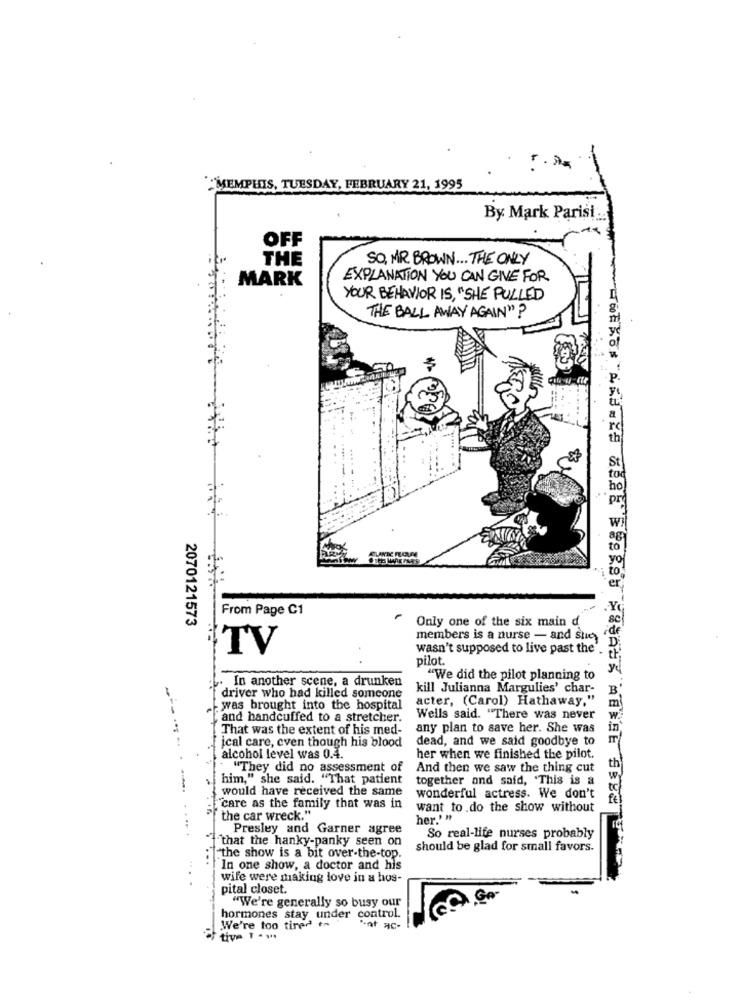
MEMPHIS, TUESDAY, FEBRUARY 21, 1995
By. Mark Parisi ..
OFF
THE
SO, MR. BROWN ... THE ONLY
MARK
EXPLANATION YOU CAN GIVE FOR
YOUR BEHAVIOR IS, "SHE PULLED
THE BALL AWAY AGAIN"?
From Page C1
2070121573
Only one of the six main d
members is a nurse - and sig
İTV
wasn't supposed to live past the'
pilot.
"We did the pilot planning to
. In another scene, a drunken
kill Julianna Margulies' char-
driver who had killed someone
acter, (Carol) Hathaway,"
--
was brought into the hospital
Tand handcuffed to a stretcher.
Wells said. "There was never
That was the extent of his med-
any plan to save her. She was
ical care, even though his blood
dead, and we said goodbye to
alcohol level was 0.4.
her when we finished the pilot.
"They did no assessment of
And then we saw the thing cut
th
him," she said. "That patient
together and said, "This is a
would have received the same
wonderful actress. We don't
"care as the family that was in
want to do the show without
the car wreck."
her.'"
Presley and Garner agree
that the hanky-panky seen on
So real-life nurses probably
should be glad for small favors.
T-the show is a bit over-the-top.
In one show, a doctor and his
wife were making love in a hos-
pital closet.
"We're generally so busy our
hormones stay under control.
We're too tired to
'-af ac-
F tive 1 - 1.